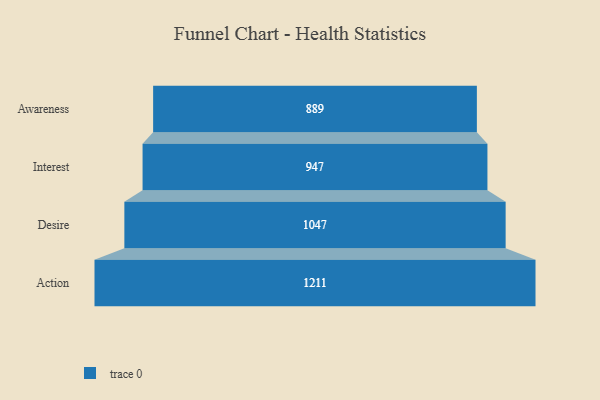
{"axis": {"x": "Stage", "y": "Value"}, "legend": [""], "data": [{"x": "Awareness", "y": 889.0, "type": ""}, {"x": "Interest", "y": 947.0, "type": ""}, {"x": "Desire", "y": 1047.0, "type": ""}, {"x": "Action", "y": 1211.0, "type": ""}]}